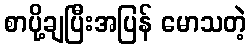
စာပို့ချပြီးအပြန် မောသတဲ့